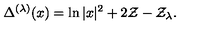
\Delta ^ { ( \lambda ) } ( x ) = \ln | x | ^ { 2 } + 2 \mathcal { Z } - \mathcal { Z } _ { \lambda } .